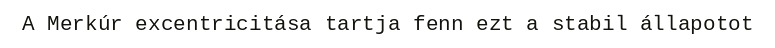
A Merkúr excentricitása tartja fenn ezt a stabil állapotot